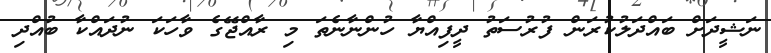
ނަޝީދަށް ބައްދަލުކުރަން ފުރުސަތު ދީފިއްޔާ ހުންނާނެތަ މި ރާއްޖޭގެ ވާހަކަ ނުދައްކާ ބުއްދި